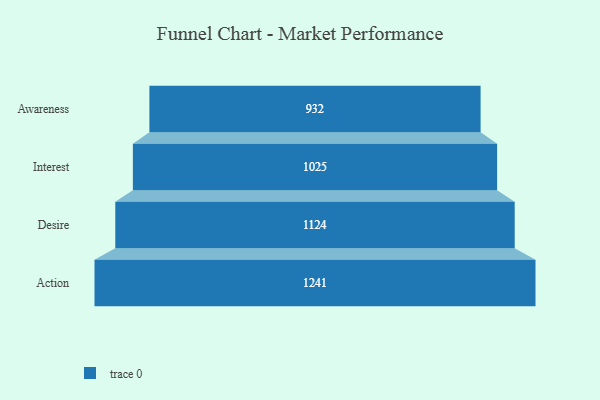
{"axis": {"x": "Stage", "y": "Value"}, "legend": [""], "data": [{"x": "Awareness", "y": 932.0, "type": ""}, {"x": "Interest", "y": 1025.0, "type": ""}, {"x": "Desire", "y": 1124.0, "type": ""}, {"x": "Action", "y": 1241.0, "type": ""}]}